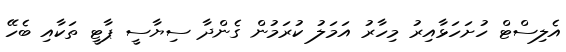
އެލިސްޓް ހުށަހަޅާއިރު މިހާރު އަމަލު ކުރަމުން ގެންދާ ސިޔާސީ ޕާޓީ ތަކާއި ބެހޭ